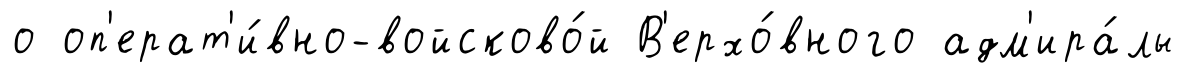
о оп'ерат'и́вно-войсково́й В'ерхо́вного адм'ира́лы